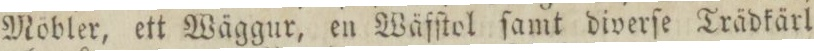
Möbler, ett Wäggur, en Wäfſtol ſamt diverſe Trädkärl